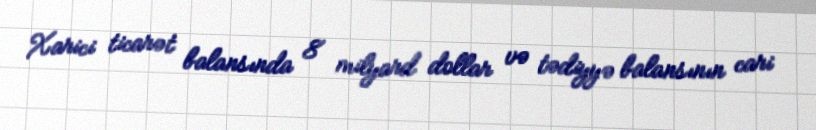
Xarici ticarət balansında 8 milyard dollar və tədiyyə balansının cari